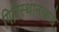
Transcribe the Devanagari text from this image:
गिरिस्थानाकडे